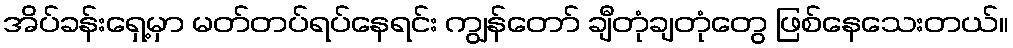
အိပ်ခန်းရှေ့မှာ မတ်တပ်ရပ်နေရင်း ကျွန်တော် ချီတုံချတုံတွေ ဖြစ်နေသေးတယ်။